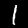
Label: 1